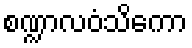
စဏ္ဍာလဝံသိကော